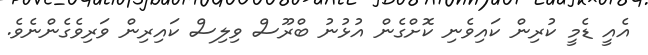
އެއީ ޑެމީ ކުރިން ކައިވެނި ކޮށްގެން އުޅުނު ބްރޫސް ވިލިސް ކައިރިން ވަރިވެގެންނެވެ.